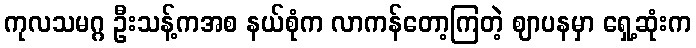
ကုလသမဂ္ဂ ဦးသန့်ကအစ နယ်စုံက လာကန်တော့ကြတဲ့ ဈာပနမှာ ရှေ့ဆုံးက